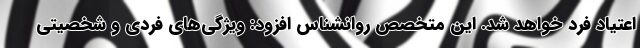
اعتیاد فرد خواهد شد. این متخصص روانشناس افزود: ویژگی‌های فردی و شخصیتی